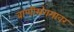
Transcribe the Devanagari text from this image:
वाणीसंगमावर